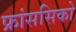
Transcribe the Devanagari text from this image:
फ्रांससिको